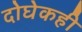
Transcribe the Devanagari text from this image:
दोघेकही